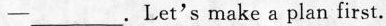
—___ . Let's make a plan first.